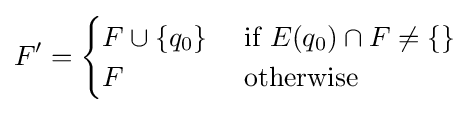
F'={\begin{cases}F\cup \{q_{0}\}&{\text{ if }}E(q_{0})\cap F\neq \{\}\\F&{\text{ otherwise }}\\\end{cases}}